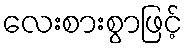
လေးစားစွာဖြင့်